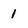
Character: 1